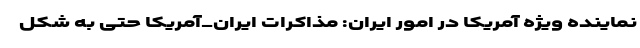
نماینده ویژه آمریکا در امور ایران: مذاکرات ایران_آمریکا حتی به شکل